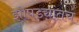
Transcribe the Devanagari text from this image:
झोपड्यांतच